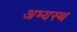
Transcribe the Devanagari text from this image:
अभ्यस्थ